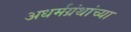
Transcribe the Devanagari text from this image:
अधर्मग्रंथांच्या